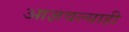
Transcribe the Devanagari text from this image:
आज्ञवल्याही